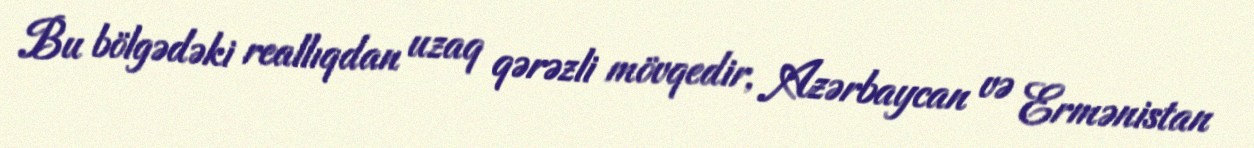
Bu bölgədəki reallıqdan uzaq qərəzli mövqedir, Azərbaycan və Ermənistan